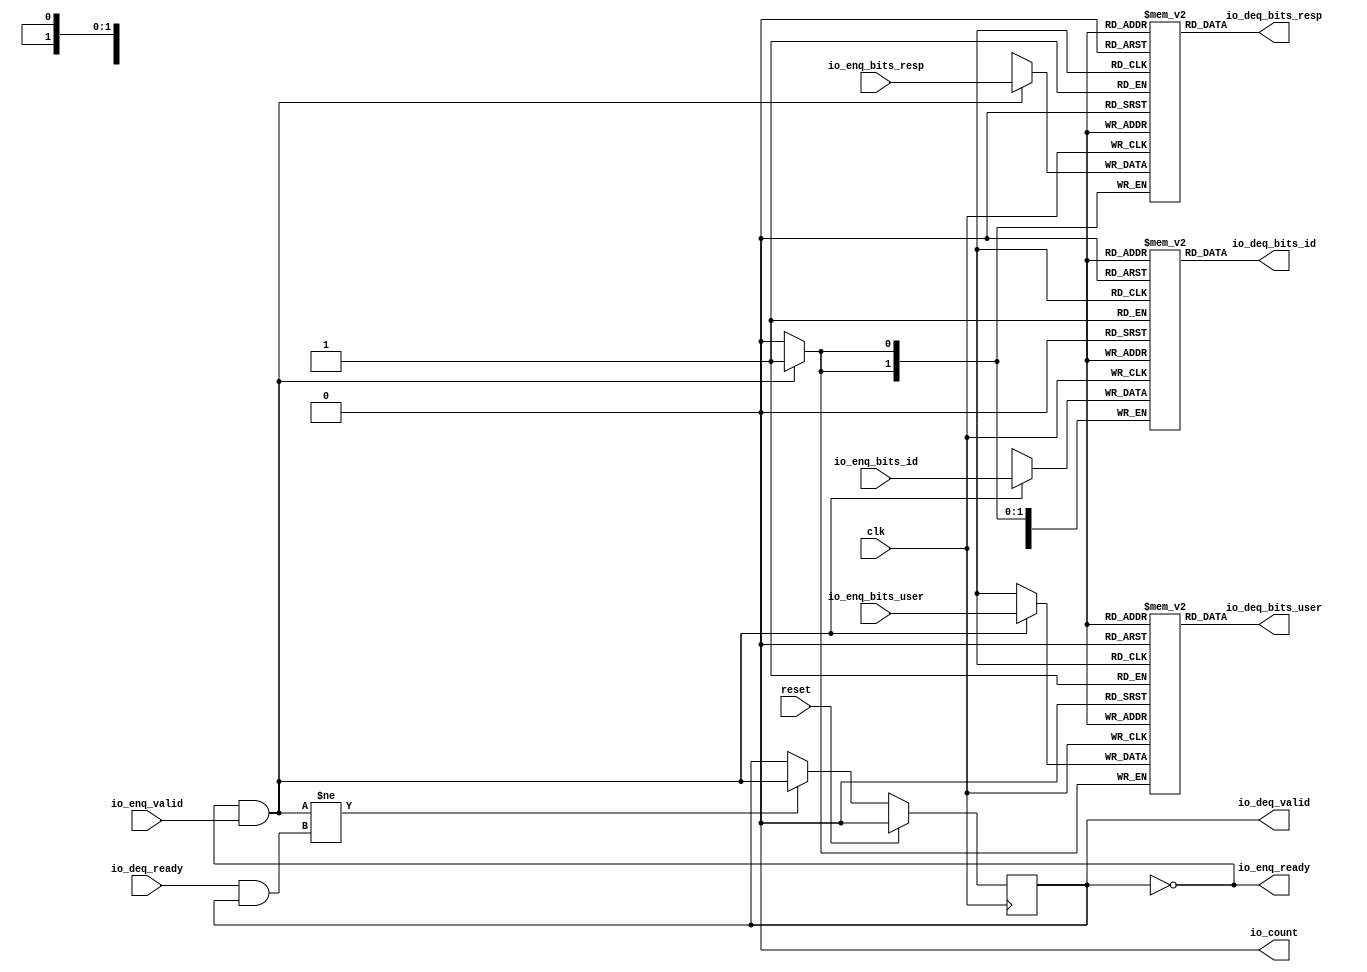
module PROC_SUBSYSTEM_CORERISCV_AXI4_0_CORERISCV_AXI4_QUEUE_14(
  input   clk,
  input   reset,
  output  io_enq_ready,
  input   io_enq_valid,
  input  [1:0] io_enq_bits_resp,
  input  [4:0] io_enq_bits_id,
  input   io_enq_bits_user,
  input   io_deq_ready,
  output  io_deq_valid,
  output [1:0] io_deq_bits_resp,
  output [4:0] io_deq_bits_id,
  output  io_deq_bits_user,
  output  io_count
);
  `ifdef USE_REGISTERS
    reg [1:0] ram_resp [0:0] /* synthesis syn_ramstyle = "registers" */;
  `else
    reg [1:0] ram_resp [0:0];
  `endif
  reg [31:0] GEN_0;
  wire [1:0] ram_resp_T_64_data;
  wire  ram_resp_T_64_addr;
  wire  ram_resp_T_64_en;
  wire [1:0] ram_resp_T_53_data;
  wire  ram_resp_T_53_addr;
  wire  ram_resp_T_53_mask;
  wire  ram_resp_T_53_en;
  `ifdef USE_REGISTERS
    reg [4:0] ram_id [0:0] /* synthesis syn_ramstyle = "registers" */;
  `else
    reg [4:0] ram_id [0:0];
  `endif
  reg [31:0] GEN_1;
  wire [4:0] ram_id_T_64_data;
  wire  ram_id_T_64_addr;
  wire  ram_id_T_64_en;
  wire [4:0] ram_id_T_53_data;
  wire  ram_id_T_53_addr;
  wire  ram_id_T_53_mask;
  wire  ram_id_T_53_en;
  reg  ram_user [0:0];
  reg [31:0] GEN_2;
  wire  ram_user_T_64_data;
  wire  ram_user_T_64_addr;
  wire  ram_user_T_64_en;
  wire  ram_user_T_53_data;
  wire  ram_user_T_53_addr;
  wire  ram_user_T_53_mask;
  wire  ram_user_T_53_en;
  reg  maybe_full;
  reg [31:0] GEN_3;
  wire  T_50;
  wire  T_51;
  wire  do_enq;
  wire  T_52;
  wire  do_deq;
  wire  T_59;
  wire  GEN_9;
  wire  T_61;
  wire [1:0] T_68;
  wire  ptr_diff;
  wire [1:0] T_70;
  assign io_enq_ready = T_50;
  assign io_deq_valid = T_61;
  assign io_deq_bits_resp = ram_resp_T_64_data;
  assign io_deq_bits_id = ram_id_T_64_data;
  assign io_deq_bits_user = ram_user_T_64_data;
  assign io_count = T_70[0];
  assign ram_resp_T_64_addr = 1'h0;
  assign ram_resp_T_64_en = 1'h1;
  assign ram_resp_T_64_data = ram_resp[ram_resp_T_64_addr];
  assign ram_resp_T_53_data = io_enq_bits_resp;
  assign ram_resp_T_53_addr = 1'h0;
  assign ram_resp_T_53_mask = do_enq;
  assign ram_resp_T_53_en = do_enq;
  assign ram_id_T_64_addr = 1'h0;
  assign ram_id_T_64_en = 1'h1;
  assign ram_id_T_64_data = ram_id[ram_id_T_64_addr];
  assign ram_id_T_53_data = io_enq_bits_id;
  assign ram_id_T_53_addr = 1'h0;
  assign ram_id_T_53_mask = do_enq;
  assign ram_id_T_53_en = do_enq;
  assign ram_user_T_64_addr = 1'h0;
  assign ram_user_T_64_en = 1'h1;
  assign ram_user_T_64_data = ram_user[ram_user_T_64_addr];
  assign ram_user_T_53_data = io_enq_bits_user;
  assign ram_user_T_53_addr = 1'h0;
  assign ram_user_T_53_mask = do_enq;
  assign ram_user_T_53_en = do_enq;
  assign T_50 = maybe_full == 1'h0;
  assign T_51 = io_enq_ready & io_enq_valid;
  assign do_enq = T_51;
  assign T_52 = io_deq_ready & io_deq_valid;
  assign do_deq = T_52;
  assign T_59 = do_enq != do_deq;
  assign GEN_9 = T_59 ? do_enq : maybe_full;
  assign T_61 = T_50 == 1'h0;
  assign T_68 = 1'h0 - 1'h0;
  assign ptr_diff = T_68[0:0];
  assign T_70 = {maybe_full,ptr_diff};
`ifdef RANDOMIZE
  integer initvar;
  initial begin
    `ifndef verilator
      #0.002;
    `endif
  GEN_0 = {1{$random}};
  `ifdef RANDOMIZE
  for (initvar = 0; initvar < 1; initvar = initvar+1)
    ram_resp[initvar] = GEN_0[1:0];
  `endif
  GEN_1 = {1{$random}};
  `ifdef RANDOMIZE
  for (initvar = 0; initvar < 1; initvar = initvar+1)
    ram_id[initvar] = GEN_1[4:0];
  `endif
  GEN_2 = {1{$random}};
  `ifdef RANDOMIZE
  for (initvar = 0; initvar < 1; initvar = initvar+1)
    ram_user[initvar] = GEN_2[0:0];
  `endif
  `ifdef RANDOMIZE
  GEN_3 = {1{$random}};
  maybe_full = GEN_3[0:0];
  `endif
  end
`endif
  always @(posedge clk) begin
    if(ram_resp_T_53_en & ram_resp_T_53_mask) begin
      ram_resp[ram_resp_T_53_addr] <= ram_resp_T_53_data;
    end
    if(ram_id_T_53_en & ram_id_T_53_mask) begin
      ram_id[ram_id_T_53_addr] <= ram_id_T_53_data;
    end
    if(ram_user_T_53_en & ram_user_T_53_mask) begin
      ram_user[ram_user_T_53_addr] <= ram_user_T_53_data;
    end
    if(reset) begin
      maybe_full <= 1'h0;
    end else begin
      if(T_59) begin
        maybe_full <= do_enq;
      end
    end
  end
endmodule